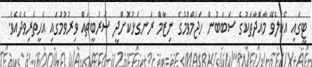
ޓީގައި އެކުލެވޭ މާއްދާތަކުގެ ސަބަބުން ހަޖަމްވުމުގެ ނިޒާމް ރަނގަޅުކޮށްދީ ސަރުބީތައް ވިރުވުމުގައި އެހީތެރިވެދެއެވެ.